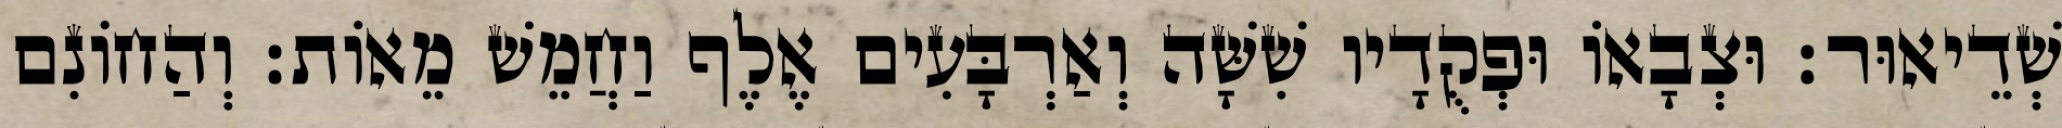
שְׁדֵיאוּר׃ וּצְבָאוֹ וּפְקֻדָיו שִׁשָּׁה וְאַרְבָּעִים אֶלֶף וַחֲמֵשׁ מֵאוֹת׃ וְהַחוֹנִם